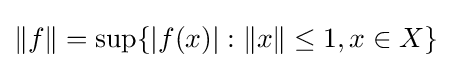
\|f\|=\sup\{|f(x)|:\|x\|\leq 1,x\in X\}